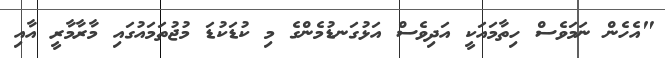
"އެހެން ނަމަވެސް ހިތާމައަކީ އަދިވެސް އަޅުގަނޑުމެންގެ މި ކުޑަކުޑަ މުޖުތަމައުގައި މާރާމާރީ އާއި